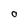
Character: O